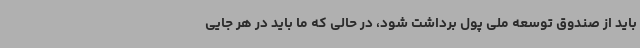
باید از صندوق توسعه ملی پول برداشت شود، در حالی که ما باید در هر جایی